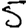
Digit: 5